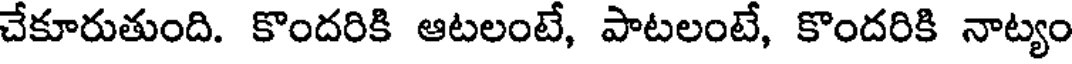
చేకూరుతుంది. కొందరికి ఆటలంటే, పాటలంటే, కొందరికి నాట్యం